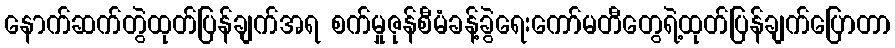
နောက်ဆက်တွဲထုတ်ပြန်ချက်အရ စက်မှုဇုန်စီမံခန့်ခွဲရေးကော်မတီတွေရဲ့ထုတ်ပြန်ချက်ပြောတာ